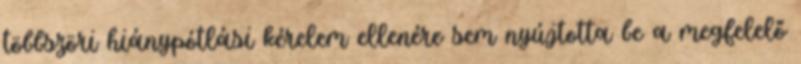
többszöri hiánypótlási kérelem ellenére sem nyújtotta be a megfelelő